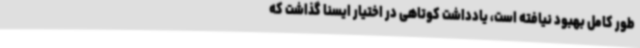
طور کامل بهبود نیافته است، یادداشت کوتاهی در اختیار ایسنا گذاشت که